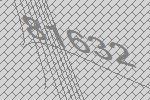
81632